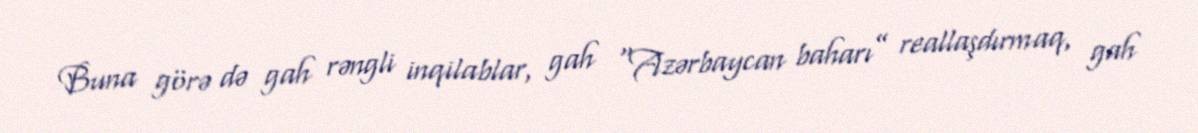
Buna görə də gah rəngli inqilablar, gah “Azərbaycan baharı” reallaşdırmaq, gah